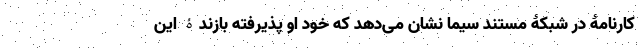
کارنامۀ در شبکۀ مستند سیما نشان می‌دهد که خود او پذیرفته بازندۀ این